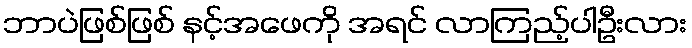
ဘာပဲဖြစ်ဖြစ် နင့်အဖေကို အရင် လာကြည့်ပါဦးလား